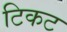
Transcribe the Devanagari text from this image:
टिकट